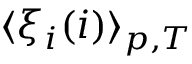
\langle \xi _ { i } ( i ) \rangle _ { p , T }